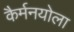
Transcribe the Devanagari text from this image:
कैर्मनयोला